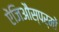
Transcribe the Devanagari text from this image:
ऐंजिऔस्पर्मों